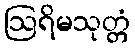
ဩရိမသုတ္တံ